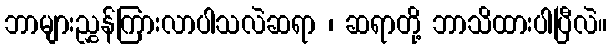
ဘာများညွှန်ကြားလာပါသလဲဆရာ ၊ ဆရာတို့ ဘာသိထားပါပြီလဲ။